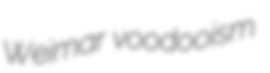
Weimar voodooism